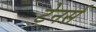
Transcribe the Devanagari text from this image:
टेनर्स